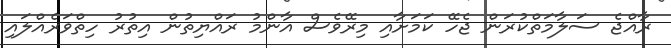
ރާއްޖެ ސަލާމަތްކުރަން ޖެހޭ ކަމަށާއި މިރޭވެސް އާންމު ރައްޔިތުން އިތުރު ހިތްވަރެއްލައި